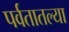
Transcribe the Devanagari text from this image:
पर्वतातल्या